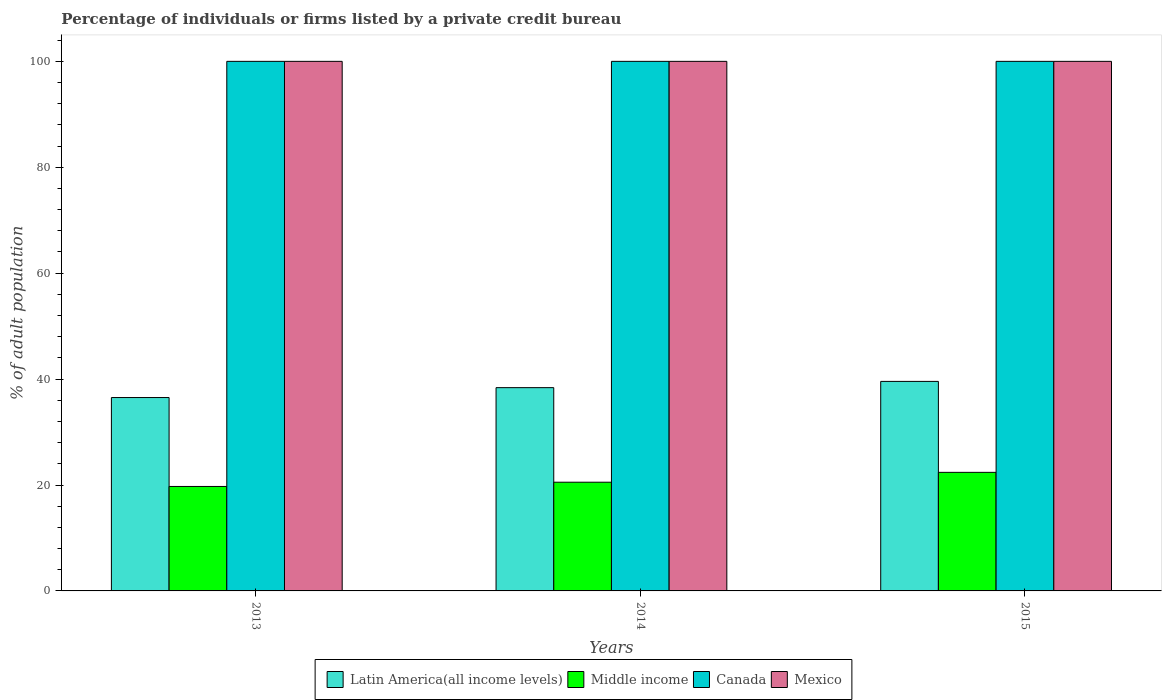
| Years | Latin America(all income levels) | Middle income | Canada | Mexico |
 | --- | --- | --- | --- | --- |
 | 2013 | 36.5 | 19.7 | 100 | 100 |
 | 2014 | 38.4 | 20.5 | 100 | 100 |
 | 2015 | 39.6 | 22.4 | 100 | 100 |